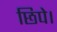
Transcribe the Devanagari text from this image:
छिपे।